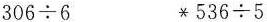
$$306 \div 6$$ $$*536 \div 5$$